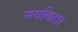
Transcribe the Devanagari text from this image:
नवविहार